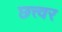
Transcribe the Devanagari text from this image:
छत्त्वर